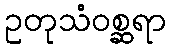
ဥတုသံဝစ္ဆရာ